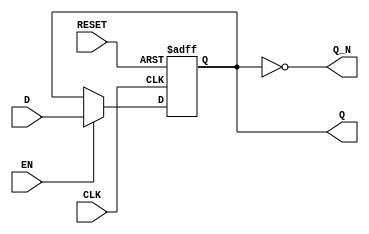
module gated_latch (
    input wire D,          // Data input
    input wire CLK,       // Clock input
    input wire EN,        // Enable input
    input wire RESET,     // Reset input
    output reg Q,         // Output representing the stored value
    output wire Q_N       // Complement of the output
);

// Complement output
assign Q_N = ~Q;

// Sequential logic block
always @(posedge CLK or posedge RESET) begin
    if (RESET) begin
        Q <= 1'b0; // Reset state (can be 1'b1 depending on design choice)
    end else if (EN) begin
        Q <= D; // Update output Q with data D on rising edge of CLK if EN is high
    end
    // If EN is low, Q retains its previous state
end

endmodule